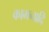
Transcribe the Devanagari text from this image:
कामनादि